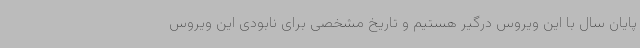
پایان سال با این ویروس درگیر هستیم و تاریخ مشخصی برای نابودی این ویروس